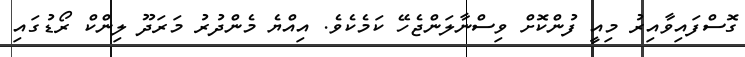
ގޮސްފައިވާއިރު މިއީ ފުންކޮށް ވިސްނާލަންޖެހޭ ކަމެކެވެ. އިއްޔެ މެންދުރު މަރަދޫ ލިންކް ރޯޑުގައި